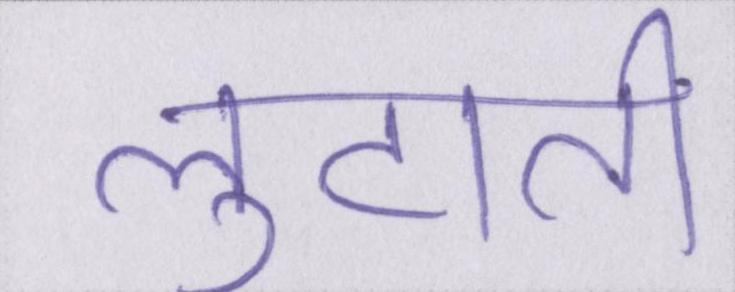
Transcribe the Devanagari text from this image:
लुटाती